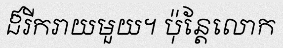
ដ៏រីករាយមួយ។ ប៉ុន្តែលោក